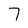
Character: 7